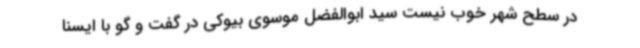
در سطح شهر خوب نیست سید ابوالفضل موسوی بیوکی در گفت و گو با ایسنا